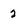
Character: 2